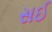
સઈ